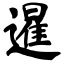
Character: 暹